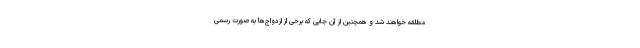
مطلقه خواهند شد و همچنین از آن جایی که برخی از ازدواج‌ها به صورت رسمی